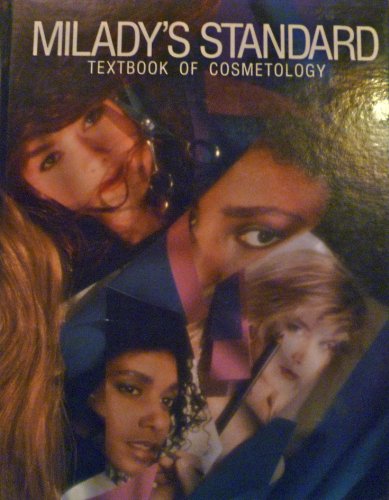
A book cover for Milady's Standard Textbook of Cosmetology and State Exam Review for Cosmetology; Milady; Health, Fitness & Dieting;